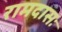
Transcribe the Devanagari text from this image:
रामदासः